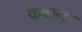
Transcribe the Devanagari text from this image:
कवाना